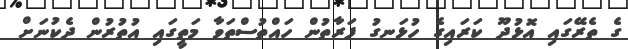
ގެ ތެރޭގައި އޮޅުދޫ ކަރައިގެ ހުޅަނގު ފަރާތުން ހައްތުސްތަވާ މަތީގައި އުތުރުން ދެކުނަށް